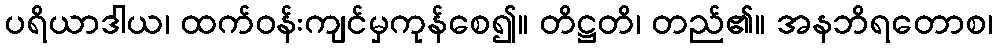
ပရိယာဒါယ၊ ထက်ဝန်းကျင်မှကုန်စေ၍။ တိဋ္ဌတိ၊ တည်၏။ အနဘိရတောစ၊